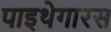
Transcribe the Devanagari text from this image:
पाइथेगारस